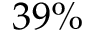
3 9 \%